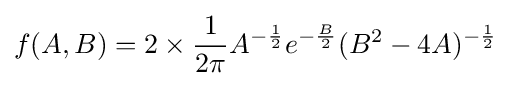
f(A,B)=2\times {\frac {1}{2\pi }}A^{-{\frac {1}{2}}}e^{-{\frac {B}{2}}}(B^{2}-4A)^{-{\frac {1}{2}}}